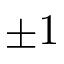
\pm 1